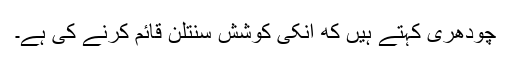
چودھری کہتے ہیں که انکی کوشش سنتلن قائم کرنے کی ہے۔